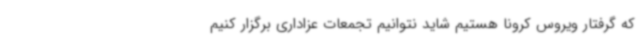
که گرفتار ویروس کرونا هستیم شاید نتوانیم تجمعات عزاداری برگزار کنیم